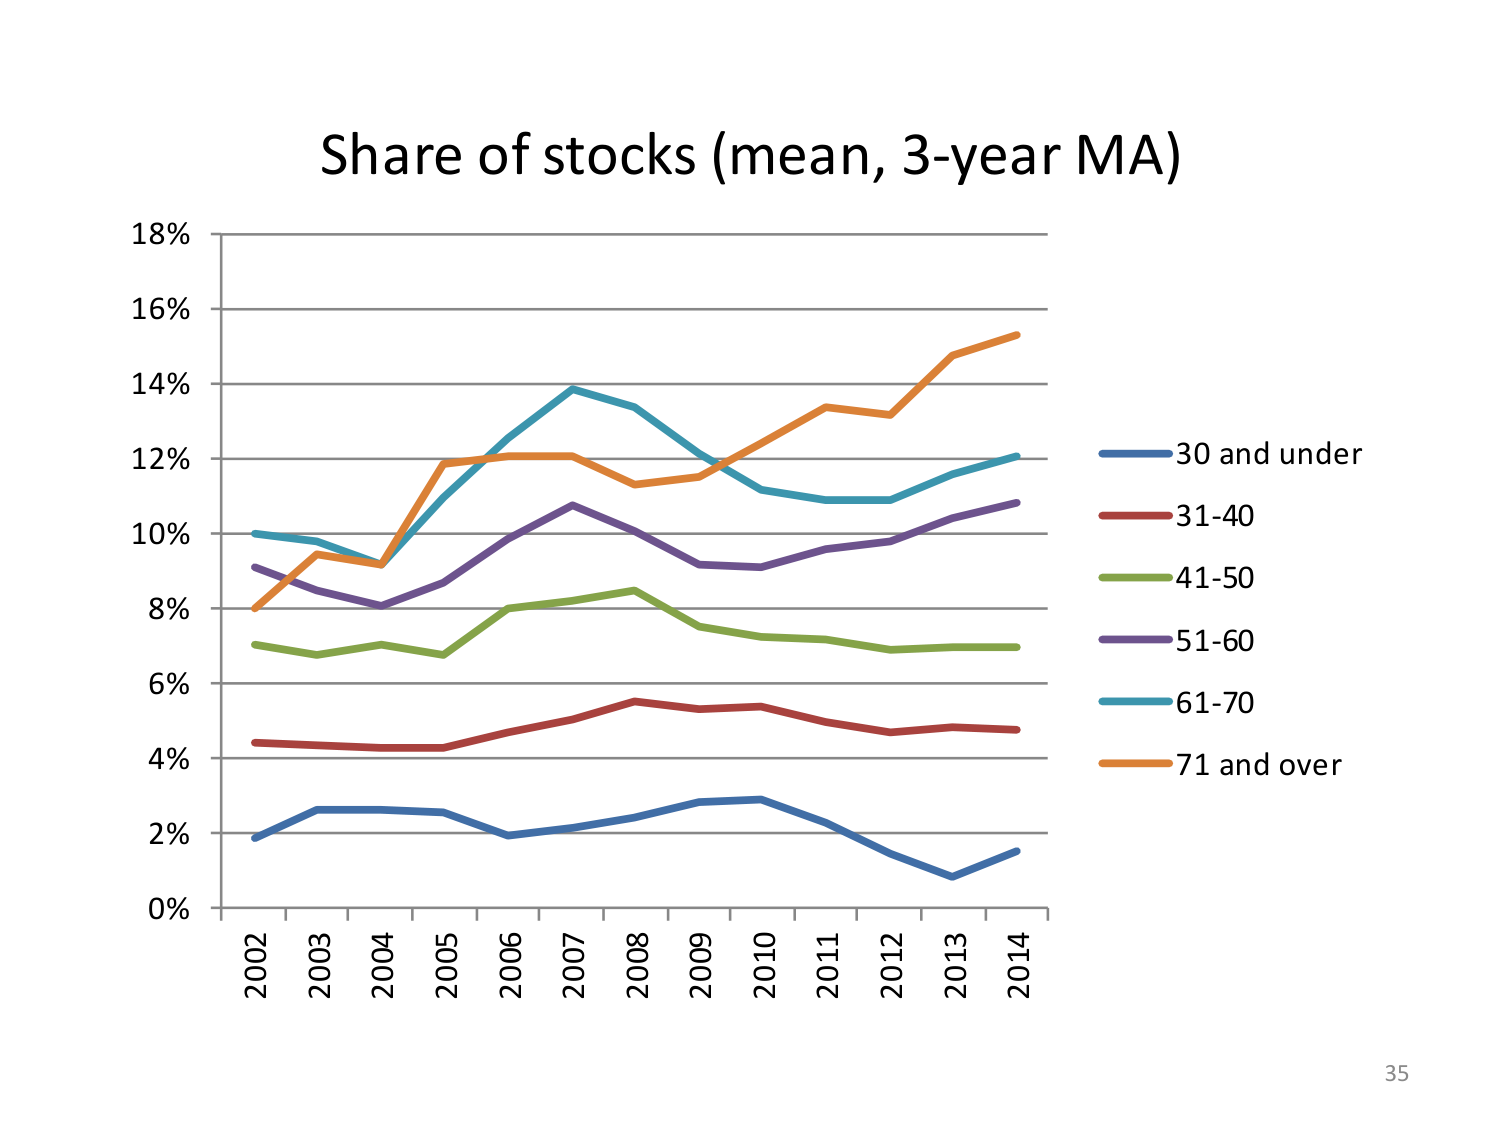
Share of stocks (mean, 3-year MA)
18%
16%
14%
12%
10%
8%
6%
4%
2%
0%
2002
2003
2004
2005
2006
2007
2008
2009
2010
2011
2012
2013
2014
30 and under
31-40
41-50
51-60
61-70
71 and over
35